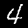
Label: 4